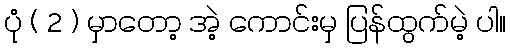
ပုံ ( 2 ) မှာတော့ အဲ့ ကောင်းမှ ပြန်ထွက်မဲ့ ပါ။